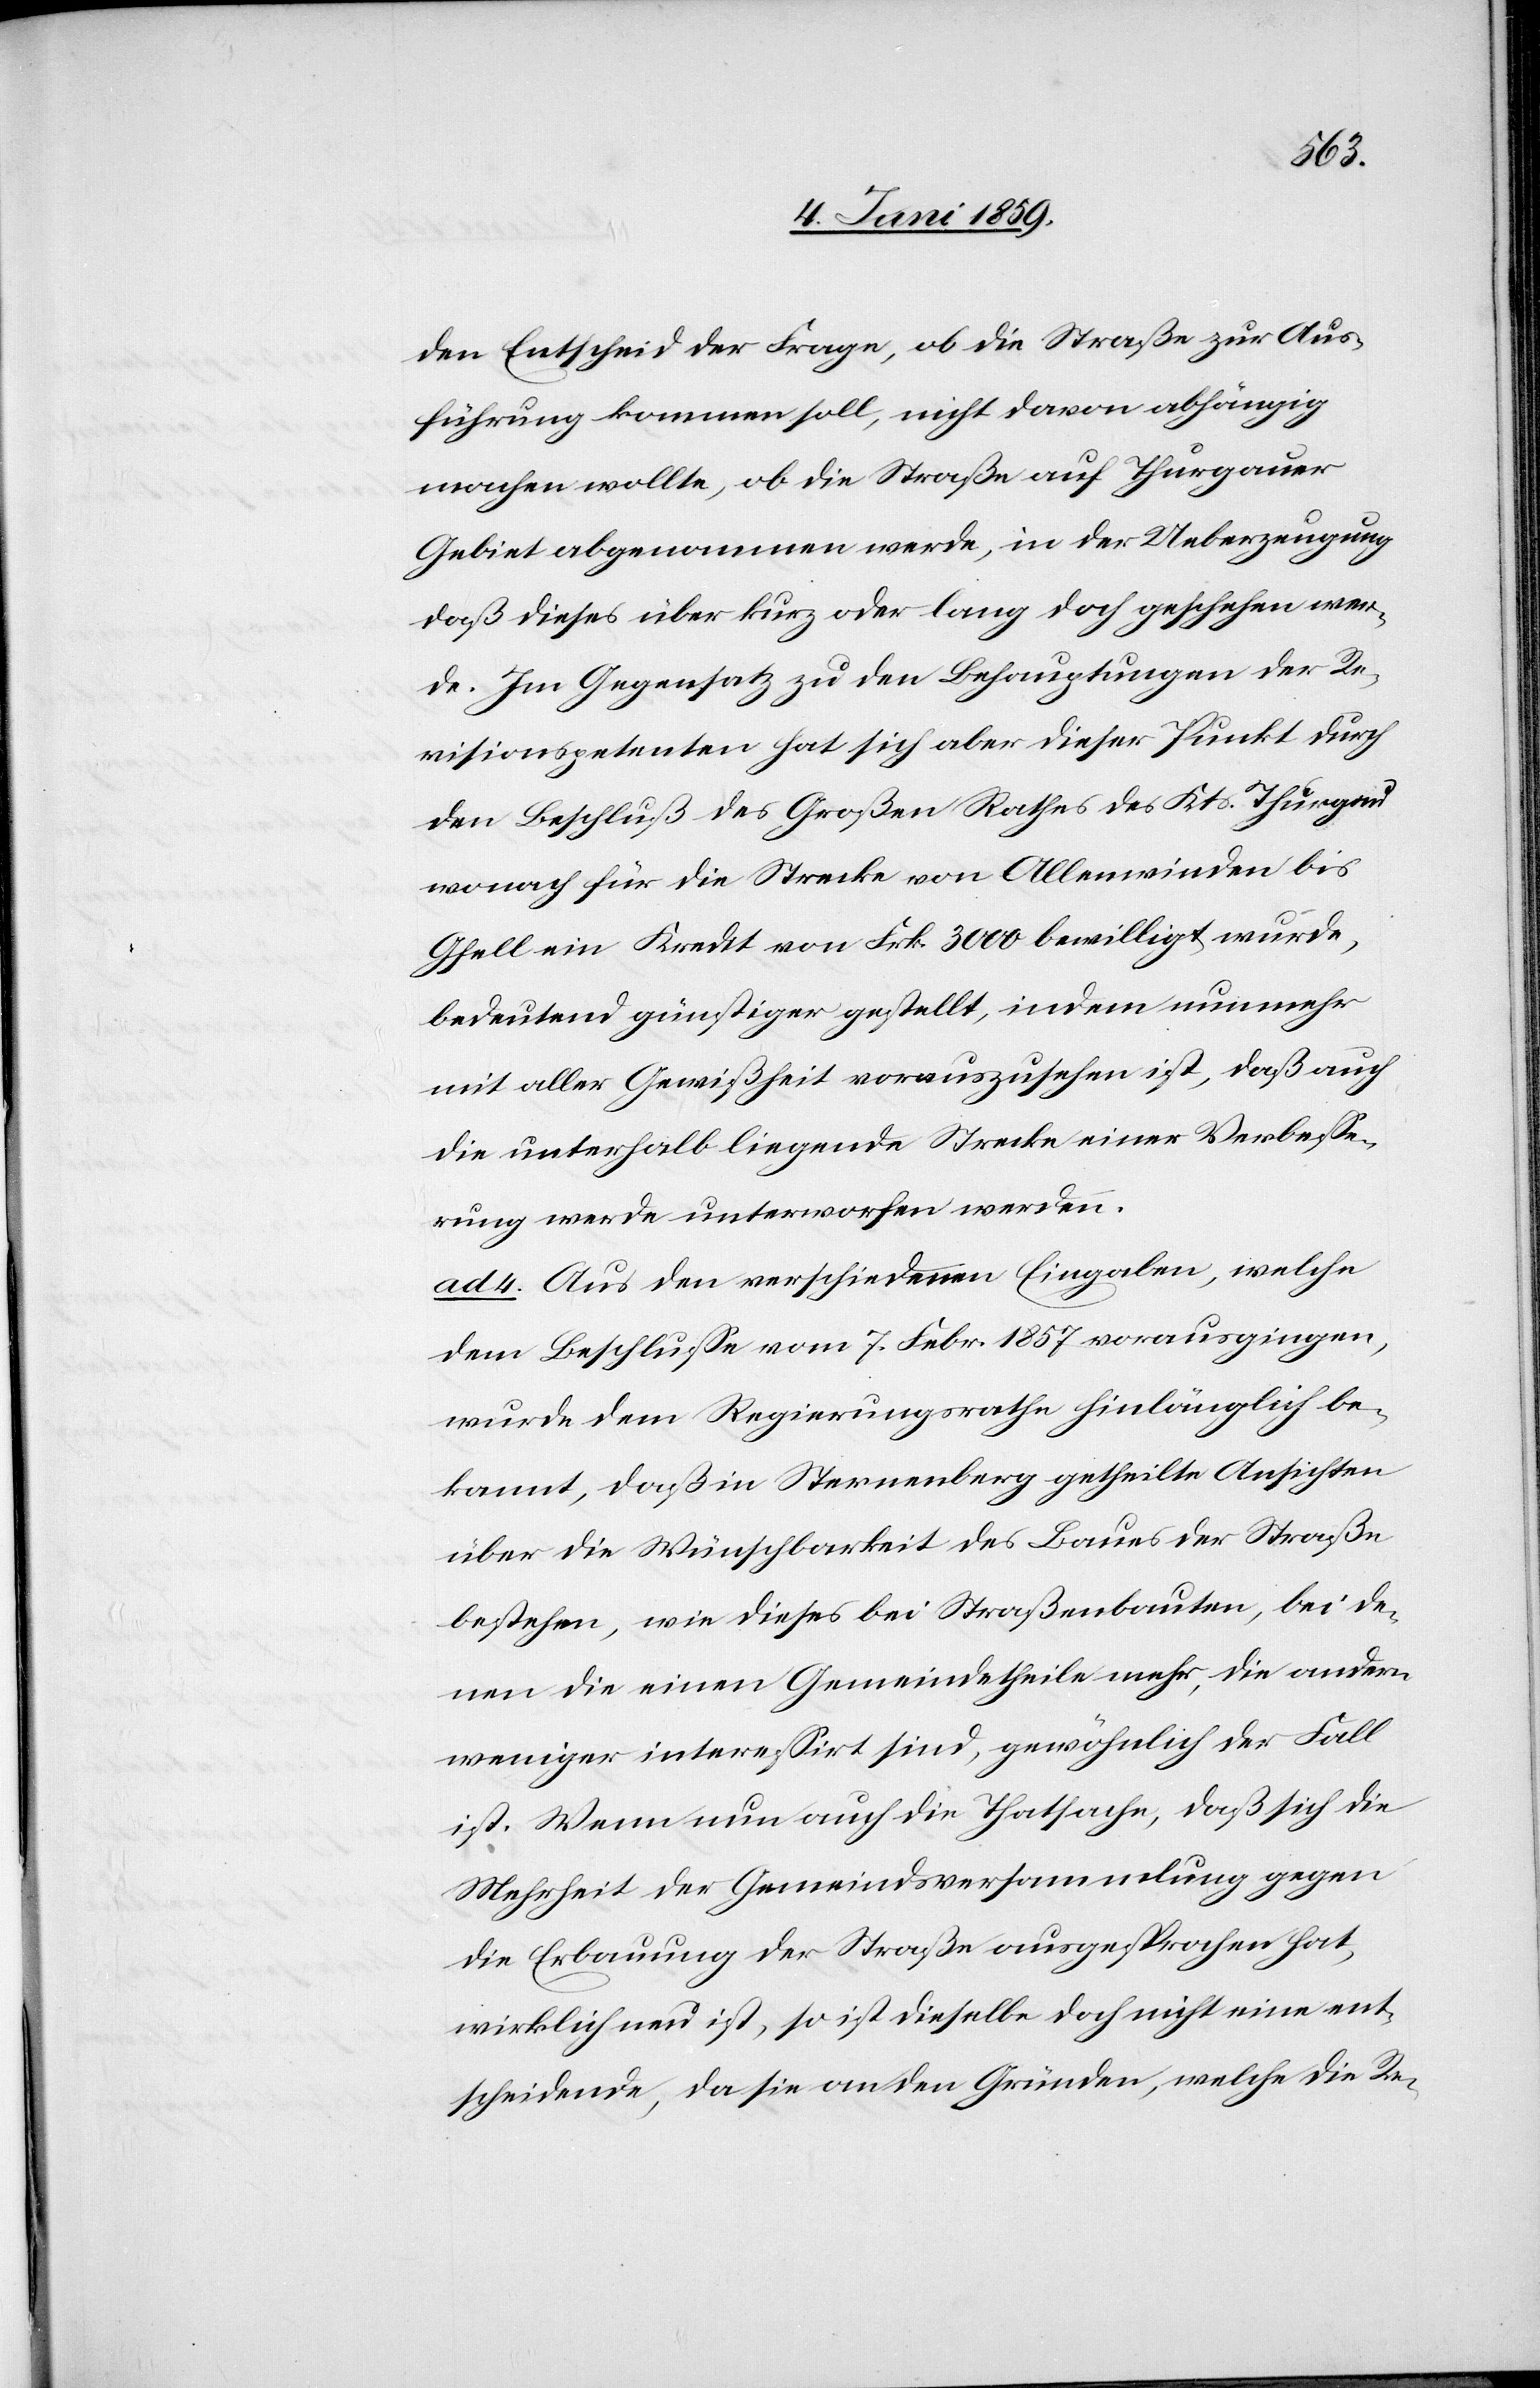
den Entscheid der Frage, ob die Straße zur Aus¬
führung kommen soll, nicht davon abhängig
machen wollte, ob die Straße auf thurgauer
Gebiet abgenommen werde, in der Ueberzeugung
daß dieses über kurz oder lang doch geschehen wer¬
de. Im Gegensatz zu den Behauptungen der Re¬
visionspetenten hat sich aber dieser Punkt durch
den Beschluß des Großen Rathes des Kts. Thurgau
wonach für die Strecke von Allenwinden bis
Gfell ein Kredit von Frk 3000 bewilligt wurde,
bedeutend günstiger gestellt, indem nunmehr
mit aller Gewißheit vorauszusehen ist, daß auch
die unterhalb liegende Strecke einer Verbesse¬
rung werde unterworfen werden.
ad 4. Aus den verschiedenen Eingaben, welche
dem Beschlusse vom 7. Febr. 1857 vorausgingen,
wurde dem Regierungsrathe hinlänglich be¬
kannt, daß in Sternenberg getheilte Ansichten
über die Wünschbarkeit des Baues der Straße
bestehen, wie dieses bei Straßenbauten, bei de¬
nen die einen Gemeindetheile mehr, die andern
weniger interessirt sind, gewöhnlich der Fall
ist. Wenn nun auch die Thatsache, daß sich die
Mehrheit der Gemeindsversammlung gegen
die Erbauung der Straße ausgesprochen hat,
wirklich neu ist, so ist dieselbe doch nicht eine ent¬
scheidende, da sie an den Gründen, welche die Re-